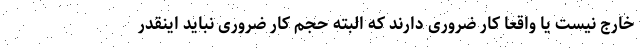
خارج نیست یا واقعا کار ضروری دارند که البته حجم کار ضروری نباید اینقدر